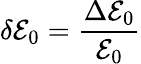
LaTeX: \delta\mathcal{E}_{0}=\frac{{\Delta\mathcal{E}_{0}}}{{\mathcal{E}_{0}}}